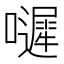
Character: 𡂙